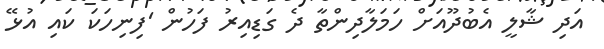
އަދި ޝާލީ އެބުދޫއަށް ހަމަލާދިންތާ ދެ ގަޑިއިރު ފަހުން 'ފިނިހަކަ ކައި އުޅޭ